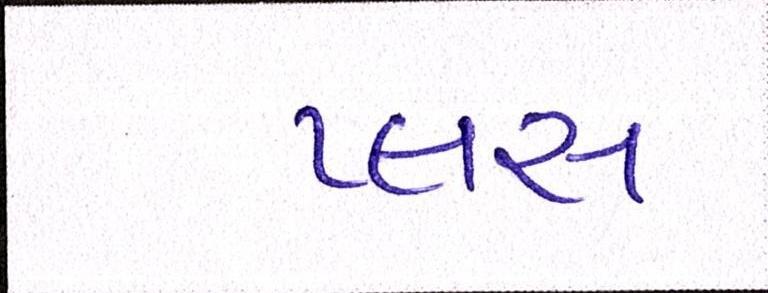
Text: પ્લસ